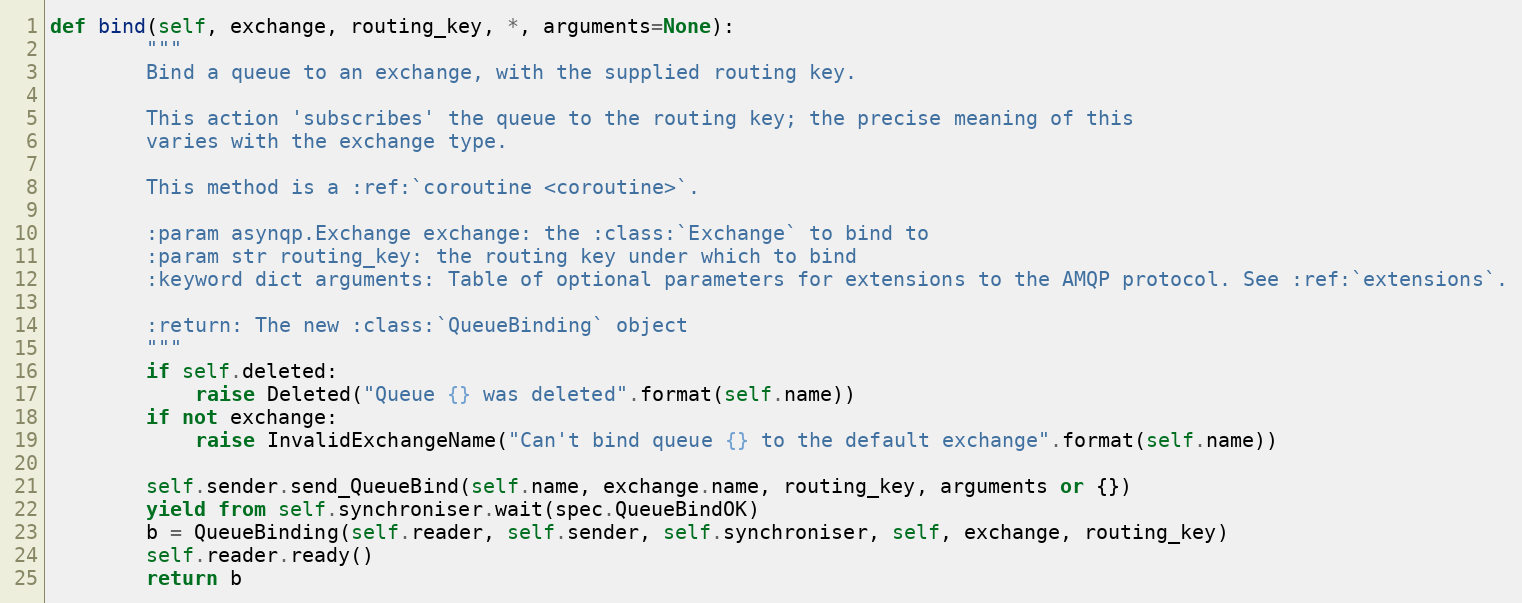
Language: Python
def bind(self, exchange, routing_key, *, arguments=None):
        """
        Bind a queue to an exchange, with the supplied routing key.

        This action 'subscribes' the queue to the routing key; the precise meaning of this
        varies with the exchange type.

        This method is a :ref:`coroutine <coroutine>`.

        :param asynqp.Exchange exchange: the :class:`Exchange` to bind to
        :param str routing_key: the routing key under which to bind
        :keyword dict arguments: Table of optional parameters for extensions to the AMQP protocol. See :ref:`extensions`.

        :return: The new :class:`QueueBinding` object
        """
        if self.deleted:
            raise Deleted("Queue {} was deleted".format(self.name))
        if not exchange:
            raise InvalidExchangeName("Can't bind queue {} to the default exchange".format(self.name))

        self.sender.send_QueueBind(self.name, exchange.name, routing_key, arguments or {})
        yield from self.synchroniser.wait(spec.QueueBindOK)
        b = QueueBinding(self.reader, self.sender, self.synchroniser, self, exchange, routing_key)
        self.reader.ready()
        return b